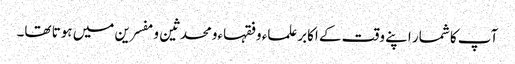
آپ کا شمار اپنے وقت کے اکابرعلماء وفقہاءومحدثین ومفسرین میں ہوتا تھا۔